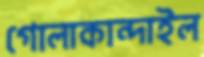
গোলাকান্দাইল